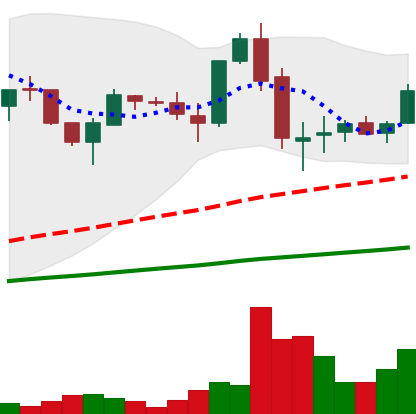
Ticker: LTC-USD
Chart end date: 2017-06-01
Forward return: 6.067%
Label: up_5_7